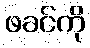
ဖခင်ကို